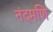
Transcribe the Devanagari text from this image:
नंदमणि